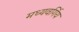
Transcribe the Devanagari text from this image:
मध्यवर्गिय